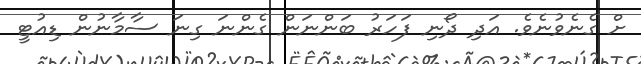
ށް ގެނެވުނެވެ. އަދި ދޯނި ފަހަރު ބަންނަން ގެންނަ ގިނަ ސާމާނުން ޑިއުޓީ